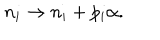
n _ { i } \rightarrow n _ { i } + p _ { i } \alpha .